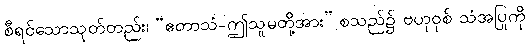
စီရင်သောသုတ်တည်း၊ “ဧတာသံ-ဤသူမတို့အား” စသည်၌ ဗဟုဝုစ် သံအပြုကို